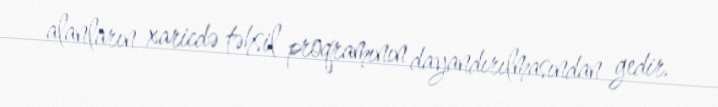
alanların xaricdə təhsil proqramının dayandırılmasından gedir.